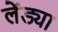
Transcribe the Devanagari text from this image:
लेंड्या